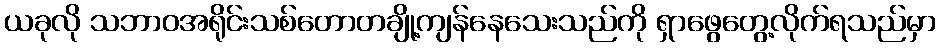
ယခုလို သဘာဝအရိုင်းသစ်တောတချို့ကျန်နေသေးသည်ကို ရှာဖွေတွေ့လိုက်ရသည်မှာ